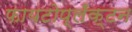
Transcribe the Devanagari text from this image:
फायटोप्लँक्टन